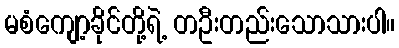
မစံကျော့ခိုင်တို့ရဲ့ တဦးတည်းသောသားပါ။